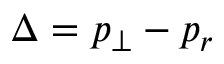
\Delta = p _ { \perp } - p _ { r }